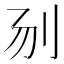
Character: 𰄝